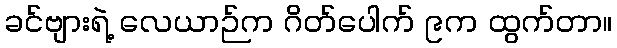
ခင်ဗျားရဲ့ လေယာဉ်က ဂိတ်ပေါက် ၉က ထွက်တာ။